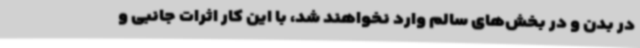
در بدن و در بخش‌های سالم وارد نخواهند شد، با این کار اثرات جانبی و